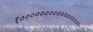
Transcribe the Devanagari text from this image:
१०००००००००००००००००